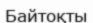
Байтоқты